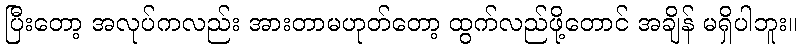
ပြီးတော့ အလုပ်ကလည်း အားတာမဟုတ်တော့ ထွက်လည်ဖို့တောင် အချိန် မရှိပါဘူး။